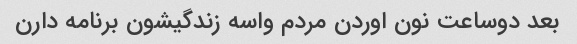
بعد دوساعت نون اوردن مردم واسه زندگیشون برنامه دارن